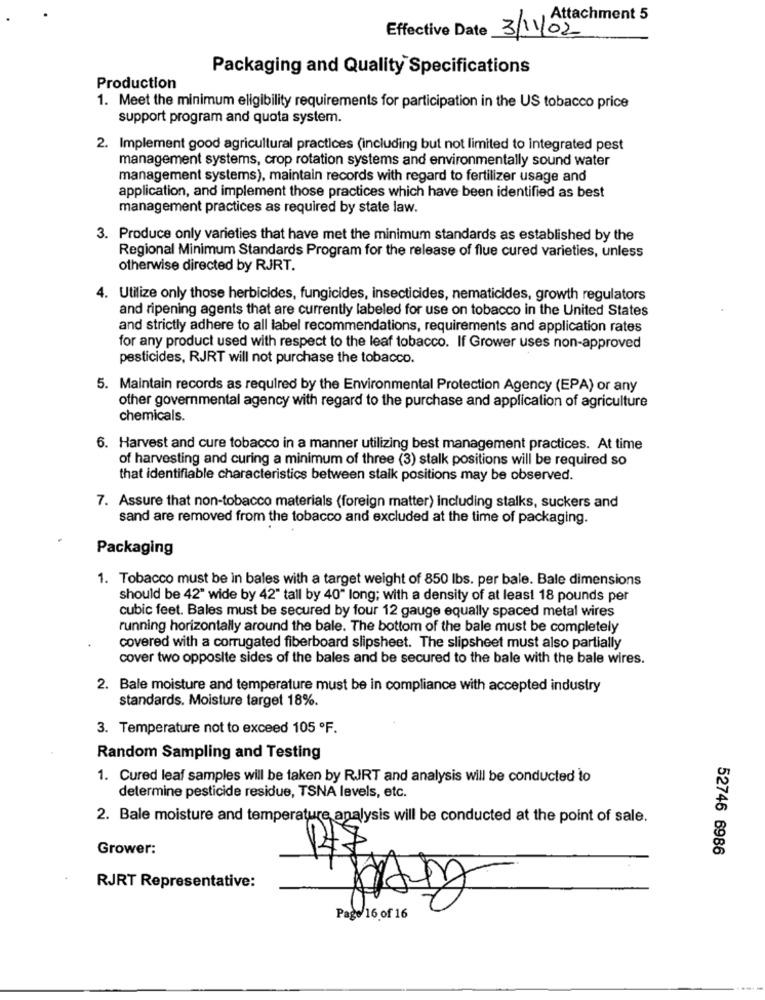
Attachment 5
Effective Date 3/11/02
Packaging and Quality Specifications
Production
1. Meet the minimum eligibility requirements for participation in the US tobacco price
support program and quota system.
2. Implement good agricultural practices (including but not limited to integrated pest
management systems, crop rotation systems and environmentally sound water
management systems), maintain records with regard to fertilizer usage and
application, and implement those practices which have been identified as best
management practices as required by state law.
3. Produce only varieties that have met the minimum standards as established by the
Regional Minimum Standards Program for the release of flue cured varieties, unless
otherwise directed by RJRT.
4. Utilize only those herbicides, fungicides, insecticides, nematicides, growth regulators
and ripening agents that are currently labeled for use on tobacco in the United States
and strictly adhere to all label recommendations, requirements and application rates
for any product used with respect to the leaf tobacco. If Grower uses non-approved
pesticides, RJRT will not purchase the tobacco.
5. Maintain records as required by the Environmental Protection Agency (EPA) or any
other governmental agency with regard to the purchase and application of agriculture
chemicals.
6. Harvest and cure tobacco in a manner utilizing best management practices. At time
of harvesting and curing a minimum of three (3) stalk positions will be required so
that identifiable characteristics between staik positions may be observed.
7. Assure that non-tobacco materials (foreign matter) including stalks, suckers and
sand are removed from the tobacco and excluded at the time of packaging.
Packaging
1. Tobacco must be in bales with a target weight of 850 lbs. per bale. Bale dimensions
should be 42" wide by 42" tall by 40" long; with a density of at least 18 pounds per
cubic feet. Bales must be secured by four 12 gauge equally spaced metal wires
running horizontally around the bale. The bottom of the bale must be completely
covered with a corrugated fiberboard slipsheet. The slipsheet must also partially
cover two opposite sides of the bales and be secured to the bale with the bale wires.
2. Bale moisture and temperature must be in compliance with accepted industry
standards. Moisture target 18%.
3. Temperature not to exceed 105 ºF.
Random Sampling and Testing
1. Cured leaf samples will be taken by RJRT and analysis will be conducted to
determine pesticide residue, TSNA levels, etc.
2. Bale moisture and temperature analysis will be conducted at the point of sale.
Grower:
52746 6986
RJRT Representative:
Page 16 of 16